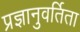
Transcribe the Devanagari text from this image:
प्रज्ञानुवर्तिता